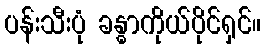
ပန်းသီးပုံ ခန္ဓာကိုယ်ပိုင်ရှင်။